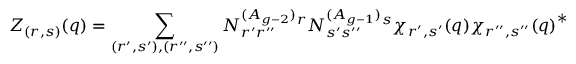
Z _ { ( r , s ) } ( q ) = \sum _ { ( r ^ { \prime } , s ^ { \prime } ) , ( r ^ { \prime \prime } , s ^ { \prime \prime } ) } N _ { r ^ { \prime } r ^ { \prime \prime } } ^ { ( A _ { g - 2 } ) } { } ^ { r } N _ { s ^ { \prime } s ^ { \prime \prime } } ^ { ( A _ { g - 1 } ) } { } ^ { s } \chi _ { r ^ { \prime } , s ^ { \prime } } ( q ) { \chi _ { r ^ { \prime \prime } , s ^ { \prime \prime } } ( q ) } ^ { * }